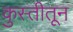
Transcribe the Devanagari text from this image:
कुस्तीतून